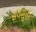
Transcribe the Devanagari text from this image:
सर्वशुद्धः